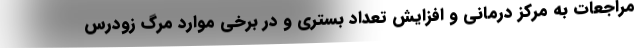
مراجعات به مرکز درمانی و افزایش تعداد بستری و در برخی موارد مرگ زودرس